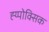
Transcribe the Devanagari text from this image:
ह्य्पोक्सिक